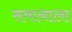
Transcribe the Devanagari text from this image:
समानाला